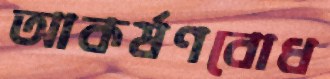
আকর্ষণবোধ